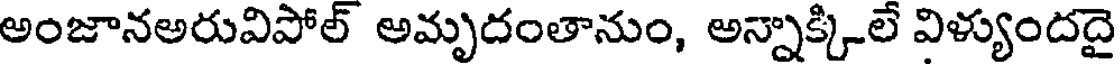
అంజానఅరువిపోల్ అమృదంతానుం, అన్నాక్కిలే విళ్యుందదై